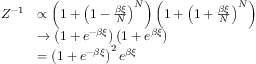
\begin{array} { r l } { Z ^ { - 1 } } & { \propto \left( 1 + \left( 1 - \frac { \beta \xi } { N } \right) ^ { N } \right) \left( 1 + \left( 1 + \frac { \beta \xi } { N } \right) ^ { N } \right) } \\ & { \to \left( 1 + e ^ { - \beta \xi } \right) \left( 1 + e ^ { \beta \xi } \right) } \\ & { = \left( 1 + e ^ { - \beta \xi } \right) ^ { 2 } e ^ { \beta \xi } } \end{array}